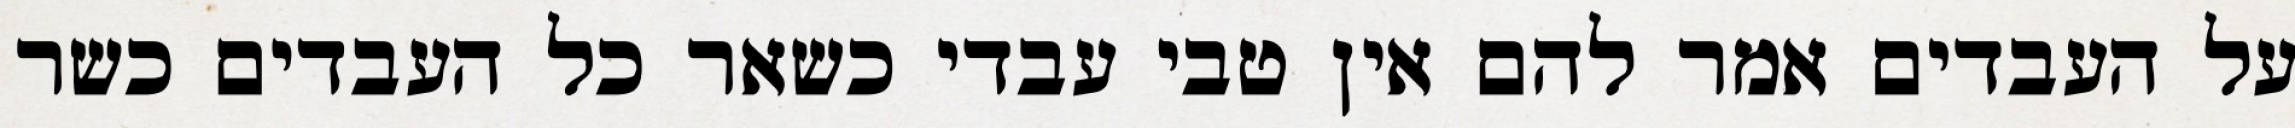
על העבדים אמר להם אין טבי עבדי כשאר כל העבדים כשר